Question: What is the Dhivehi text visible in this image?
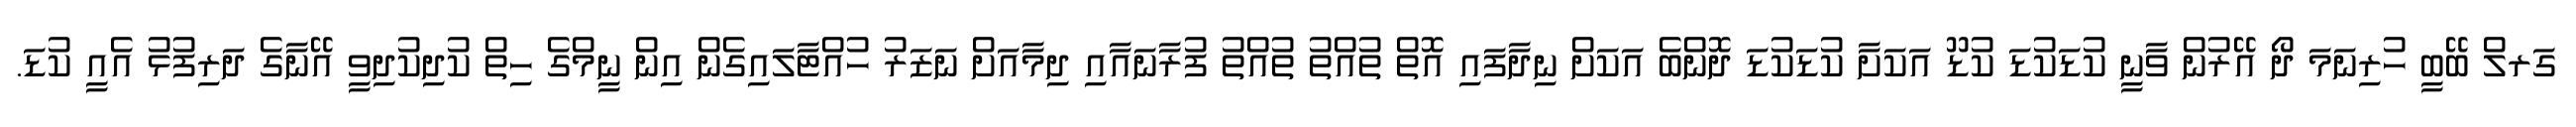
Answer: ގަރލް ބޭބީ ހުރިނަމަ ދޯ އޭރުން ވާނީ ކުޑަކުޑަ ކުޑޫ އަކަށާ ކުޑަކުޑަ ދޮންބެ އަކަށް ނިދާފައި އޮތް ތުއްތު ތުއްތު ފުރާނައާއި ދިމާއަށް ނަޒަރު ހުއްޓާލައިގެން އިން ނީމްގެ ހިތް ކުދިކުދިވީ އޭނާގެ ދަރިފުޅު އެއީ ކުޑަ.